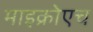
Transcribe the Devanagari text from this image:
माइक्रोएच